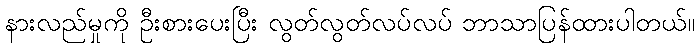
နားလည်မှုကို ဦးစားပေးပြီး လွတ်လွတ်လပ်လပ် ဘာသာပြန်ထားပါတယ်။